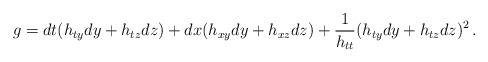
LaTeX: \begin{align*}g=dt(h_{ty}dy + h_{tz}dz) + dx(h_{xy}dy+ h_{xz}dz) + {1\over h_{tt}}(h_{ty}dy+h_{tz}dz)^2\,.\end{align*}